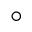
^ { \circ }